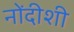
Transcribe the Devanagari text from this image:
नोंदीशी